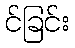
င်ခြင်း